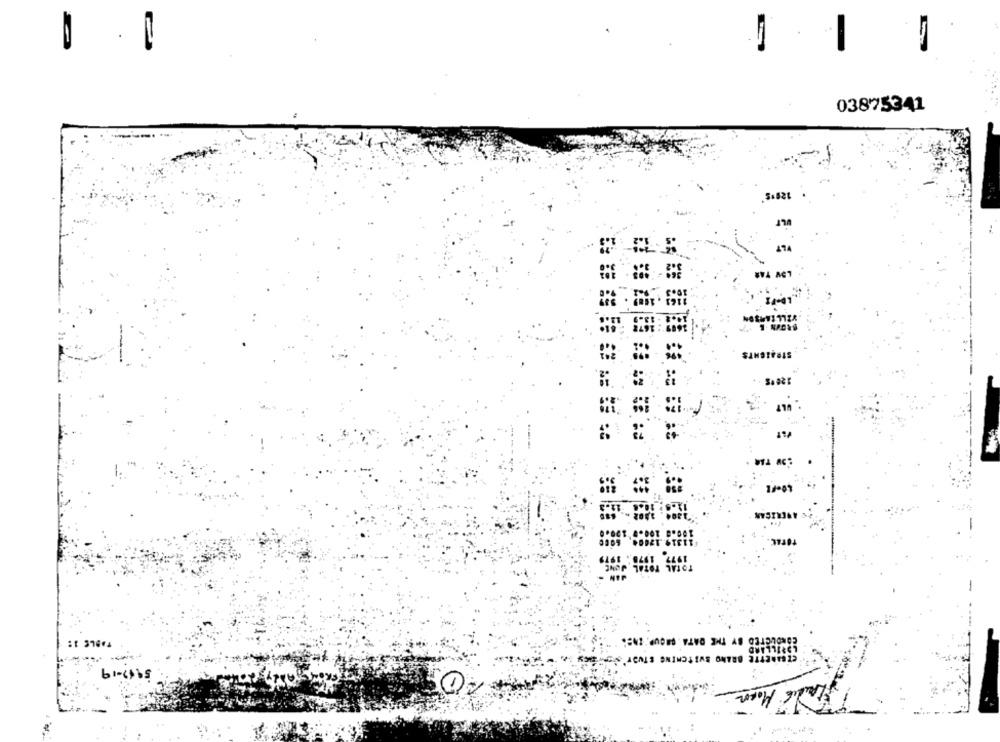
03875341
129'5'
voting
SANSTROIS
--
CONDUCTED BY THE DATA. GROUP.ZNB!
TABLE 1:
CIGARETTE BRAND SWITCHING STUDY SORE